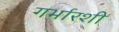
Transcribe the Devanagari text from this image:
गर्भारशी